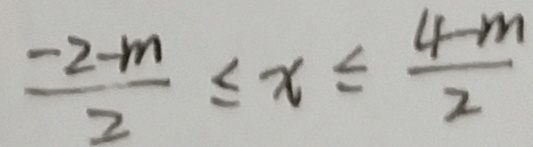
\frac { - 2 - m } { 2 } \leq x \leq \frac { 4 - m } { 2 }